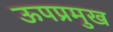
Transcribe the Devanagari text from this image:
ऊपप्रमुख